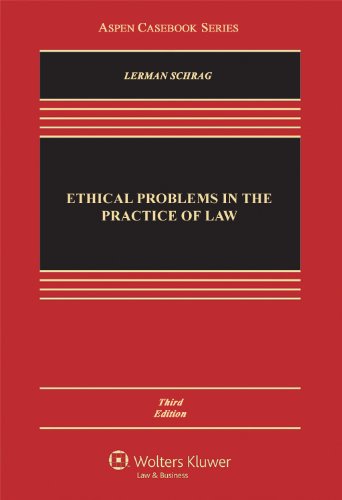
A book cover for Ethical Problems in the Practice of Law, 3rd Edition (Aspen Casebook); Lisa G. Lerman; Law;